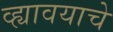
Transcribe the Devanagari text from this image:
व्ह्यावयाचे